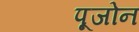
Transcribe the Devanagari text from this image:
पूजोन